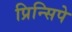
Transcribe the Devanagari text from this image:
प्रिन्सिपे